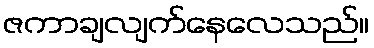
ဇကာချလျက်နေလေသည်။